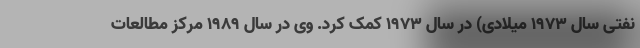
نفتی سال ۱۹۷۳ میلادی) در سال ۱۹۷۳ کمک کرد. وی در سال ۱۹۸۹ مرکز مطالعات